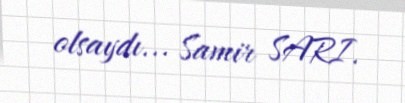
olsaydı... Samir SARI.